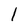
Character: l